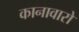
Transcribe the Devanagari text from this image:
कानावारो